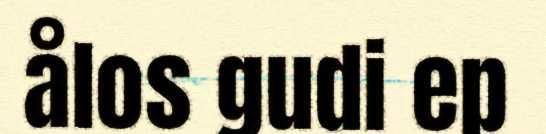
ålos gudi ep